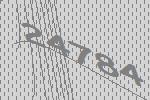
24784